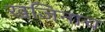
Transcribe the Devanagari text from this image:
खजिनाच